Vital statistics of India. Vol. IV, Annual returns from 1871 to 1876. British Army of India, Native Army and jails of Bengal
Year: 1871
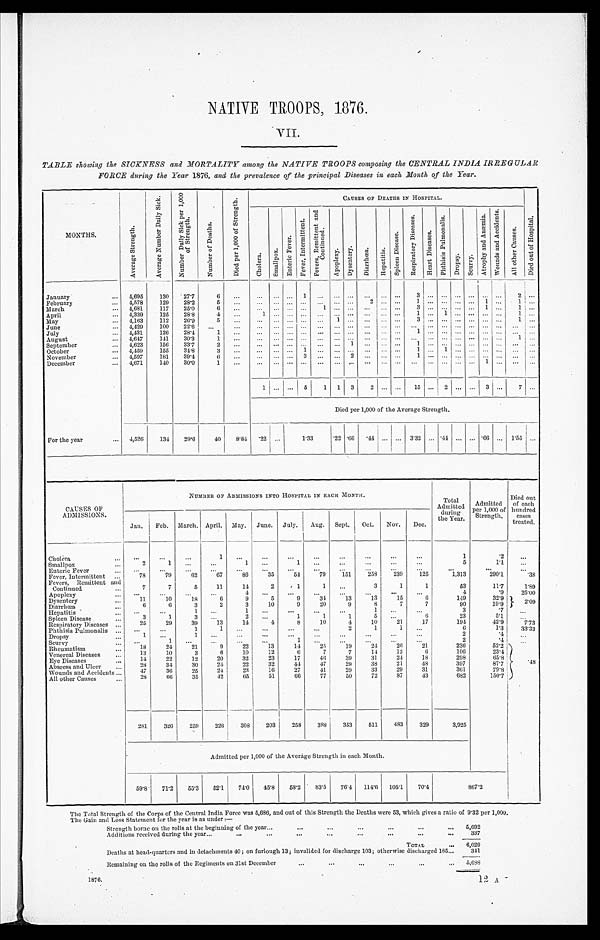
NATIVE TROOPS, 1876.
VII.
TABLE showing the SICKNESS and MORTALITY among the NATIVE TROOPS composing the CENTRAL INDIA IRREGULAR
FORCE during the Year 1876, and the prevalence of the principal Diseases in each Month of the Year.
MONTHS.
A v e r a g e S t r e n g t h .
A v e r a g e N u m b e r D a i l y S i c k .
N u m b e r D a i l y S i c k p e r 1 , 0 0 0 o f S t r e n g t h .
N u m b e r o f D e a t h s .
D i e d p e r 1 , 0 0 0 o f S t r e n g t h .
C A U S E S O F D E A T H S I N H O S P I T A L .
D i e d o u t o f H o s p i t a l .
C h o l e r a .
S m a l l p o x . E n t e r i c F e v e r .
F e v e r , I n t e r m i t t e n t .
F e v e r s , R e m i t t e n t a n d C o n t i n u e d .
A p o p l e x y . D y s e n t e r y .
D i a r r h œ a . H e p a t i t i s .
S p l e e n D i s e a s e .
R e s p i r a t o r y D i s e a s e s .
H e a r t D i s e a s e s .
P h t h i s i s P u l m o n a l i s .
D r o p s y .
S c u r v y .
A t r o p h y a n d A n æ m i a . W o u n d s a n d A c c i d e n t s .
A l l o t h e r C a u s e s .
January
4,695 130 27.7 6
1
3
2
February
4,578 129 28.2 5
2
1
1
1
March
4,681 117 25.0
6
1
3
1
1
April
4,339 125 28.8 4
1
1
1
1
May
4,163 112 26.9 5
1
3
1
June
4 , 4 2 9 100 22.6
July
4 , 4 3 1 126 28.4 1
1
August
4,647 141 30.3 1
1
September
4,623 156 33.7 2
1
1
October
4,459 155 34.8 3
1
1
1
November
4 , 5 9 7 181 39.4
6
3
2
1
December
4 , 6 7 1 140 30.0 1
1
1
5 1 1 3 2
15
2
3
7
Died per 1,000 of the Average Strength.
For the year
4,526 134 29.6 40 8.84 . 2 2 . 1 . 3 3
.22 .66
. 4 4
3.32
. 44
.66
1.55
CAUSES OF
ADMISSIONS.
NUMBER OF ADMISSIONS INTO HOSPITAL IN EACH MONTH.
Total
Admitted during
the Year.
Admitted
per 1,000 of
Strength.
Died out
of each
hundred cases
treated.
Jan. Feb. March. April. May. June. July. Aug. Sept. Oct. Nov. Dec.
Cholera
1
1
.2
Smallpox
2
1
1
1
5
1.1
Enteric Fever
Fever, Intermittent
78 79 62 67 86 35 54 79 151 253 239 125
1,313
290.1 .38
Fevers, Remittent and
Continued
7
7
5 11 14 2
1
1
3
1
1
53
11.7 1. 89
Apoplexy
4
4
.9 25. 00
Dysentery
11
1 0 18
6
9
5
9
3 4
1 3
1 3
1 5
6
149
32.9
2 . 0 9
Diarrhœa 6
6
3
2
3 10
9 20
9
8
7
7
90
19.9
Hepatitis
1
1
1
3
.7
Spl een Di sease
3
1
3
2
1
1
1
5
6
23
5.1
Respi ratory Di seases
25 29 39 13 14
4 8 10
4 10 21 17
194
42.9 7.73
Phthisis Pulmonalis
1
1
2 1
1
6
1.3 33. 33
Dropsy
1
1
2
. 4
Scurvy
1
1
2
. 4
Rheumatism
18 24 21
9 22 13 14 25 19 24 26 21
236
52.2
.48
Venereal Di seases
13 10
3
6 10 12
6
7
7 14 12
6
106
23.4
Eye Di seases
14 22 12 20 32 23 17 46 39 31 24 18
298
65.8
Abscess and Ul cer
28 34 30 24 22 32 44 47 29 38 21 48
397
87.7
Wounds and Accidents
47 36 25 24 23 16 27 41 29 33 29 31
361
79.8
All other Causes
28 66 35 42 65 51 66 77 50 72 87 43
682
150.7
281 326 259 226 308 203 258 388 353 511 483 329
3,925
Admitted per 1,000 of the Average Strength in each Month.
59.8 71.2 55.3 52.1 74.0 45.8 58.2 83.5 76.4 114.6 105.1 70.4
8 6 7 . 2
The Total Strength of the Corps of the Central India Force was 5,686, and out of this Strength the Deaths were 53, which gives a ratio of 9.32 per 1,000.
T h e G a i n a n d L o s s S t a t e m e n t f o r t h e y e a r i s a s u n d e r : —
S t r e n g t h b o r n e o n t h e r o l l s a t t h e b e g i n n i n g o f t h e y e a r
5 , 6 9 2
A d d i t i o n s r e c e i v e d d u r i n g t h e y e a r
337
TOTAL
6 , 0 2 9
Deaths at head-quarters and in detachments 40; on furlough 13; invalided for discharge 103; otherwise discharged 185
341
R e m a i n i n g o n t h e r o l l s o f t h e R e g i m e n t s o n 3 1 s t D e c e m b e r
5 , 6 8 8
1876.
1 2 A